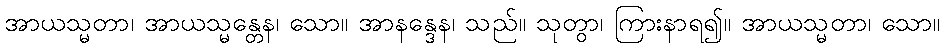
အာယသ္မတာ၊ အာယသ္မန္တေန၊ သော။ အာနန္ဒေန၊ သည်။ သုတွာ၊ ကြားနာရ၍။ အာယသ္မတာ၊ သော။